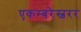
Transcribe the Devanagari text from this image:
एकम्बरेस्वरर